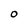
Character: O